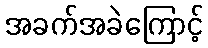
အခက်အခဲကြောင့်